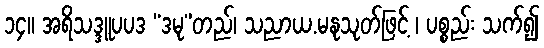
၁၄။ အရိသဒ္ဒူပပဒ “ဒမု”တည်၊ သညာယ.မနုသုတ်ဖြင့် ၊ ပစ္စည်း သက်၍